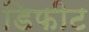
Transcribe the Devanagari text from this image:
डिफीट